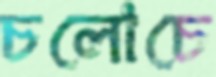
চলোচে